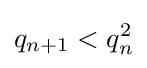
q_{n+1}<q_{n}^{2}